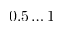
0 . 5 \dots 1